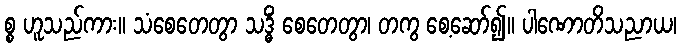
စ္စ ဟူသည်ကား။ သံစေတေတွာ သဒ္ဓိံ စေတေတွာ၊ တကွ စေ့ဆော်၍။ ပါဏောတိသညာယ၊